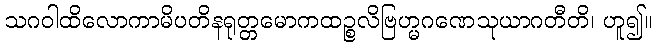
သဂဝါထိလောကာမိပတိနရုတ္တမောကထဉ္စလိဗြဟ္မဂဏေသုယာဂတီတိ၊ ဟူ၍။